Annual statistical returns and brief notes on vaccination in Bengal - 1909-1929
Year: 1909
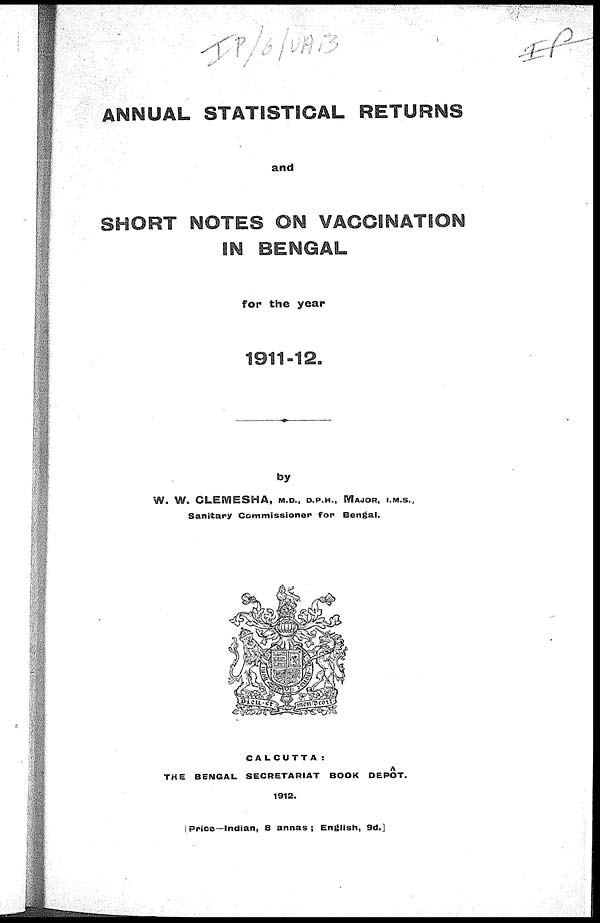
ANNUAL STATISTICAL RETURNS
and
SHORT NOTES ON VACCINATION
IN BENGAL
for the year
1911-12.
by
W. W. CLEMESHA, M.D., D.P.H., MAJOR, I.M.S.,
Sanitary Commissioner for Bengal.
CALCUTTA:
THE BENGAL SECRETARIAT BOOK DEPÔT.
1912.
[ Price—Indian, 8 annas ; English, 9d.]